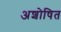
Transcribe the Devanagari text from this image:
अशोषित